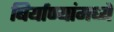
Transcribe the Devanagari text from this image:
बिर्याण्यांमध्ये